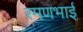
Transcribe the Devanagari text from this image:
रमणभाई